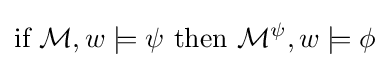
{\mbox{if }}{\mathcal {M}},w\models \psi {\mbox{ then }}{\mathcal {M}}^{\psi },w\models \phi